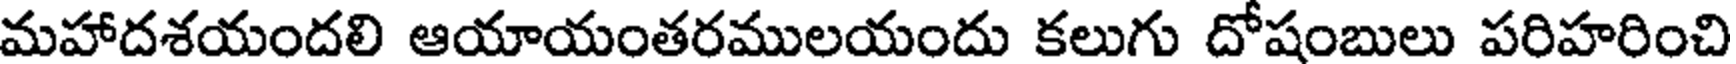
మహాదశయందలి ఆయాయంతరములయందు కలుగు దోషంబులు పరిహరించి